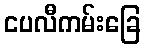
ငပလီကမ်းခြေ